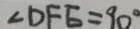
\angle D F E = 9 0 ^ { \circ }